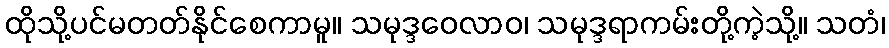
ထိုသို့ပင်မတတ်နိုင်စေကာမူ။ သမုဒ္ဒဝေလာဝ၊ သမုဒ္ဒရာကမ်းတို့ကဲ့သို့။ သတံ၊